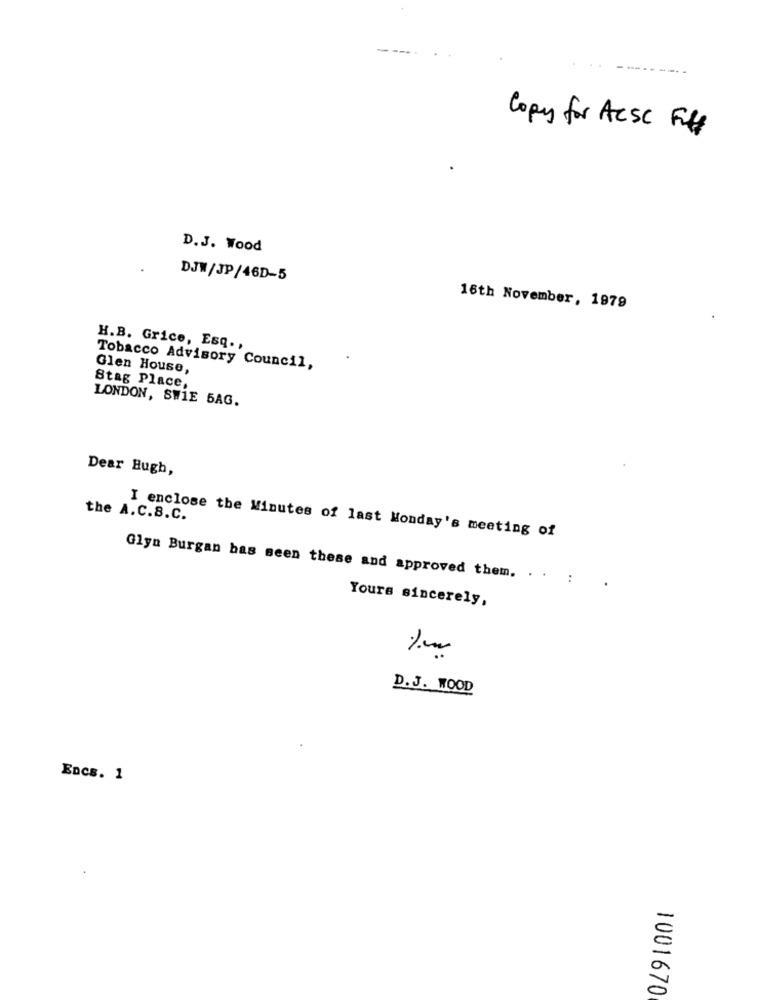
Copy for Acsc F#
D.J. Wood
DJW/JP/46D-5
16th November, 1979
H.B. Grice, Esq .,
Tobacco Advisory Council,
Glen House,
Stag Place,
LONDON, SWIE 5AG.
Dear Hugh,
the A.C.B.C.
I enclose the Minutes of last Monday's meeting of
Glyn Burgan has seen these and approved them. . .
Yours sincerely,
D. J. WOOD
Encs. 1
1001670